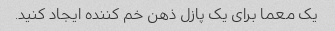
یک معما برای یک پازل ذهن خم کننده ایجاد کنید.